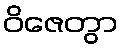
ဝိဇေတွာ